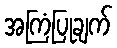
အကြံပြုချက်